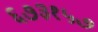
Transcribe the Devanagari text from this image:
६७३१५७